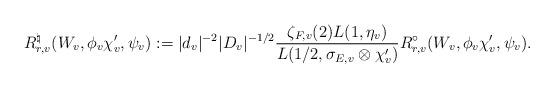
LaTeX: \begin{align*}R_{r,v}^{\natural}(W_{v},\phi_{v} \chi'_{v}, \psi_{v}): ={ |d_{v}|^{-2} |D_{v}|^{-1/2}} { \zeta_{F, v}(2)L(1, \eta_{v})\over L(1/2, \sigma_{E,v}\otimes \chi'_{v})}R_{r,v}^{\circ}( W_{v},\phi_{v} \chi_{v}', \psi_{v}).\end{align*}